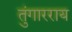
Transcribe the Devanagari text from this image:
तुंगारराय